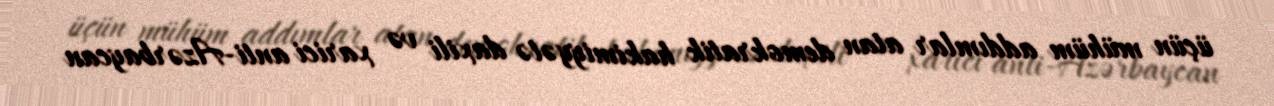
üçün mühüm addımlar atan demokratik hakimiyyətə daxili və xarici anti-Azərbaycan